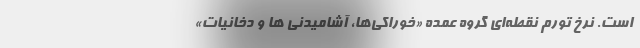
است. نرخ تورم نقطه‌ای گروه عمده «خوراکی‌ها، آشامیدنی ها و دخانیات»